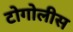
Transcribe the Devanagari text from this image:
टोगोलीस